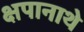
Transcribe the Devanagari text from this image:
क्षपानाथे